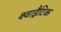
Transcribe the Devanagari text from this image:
क्वाड्रैटिक